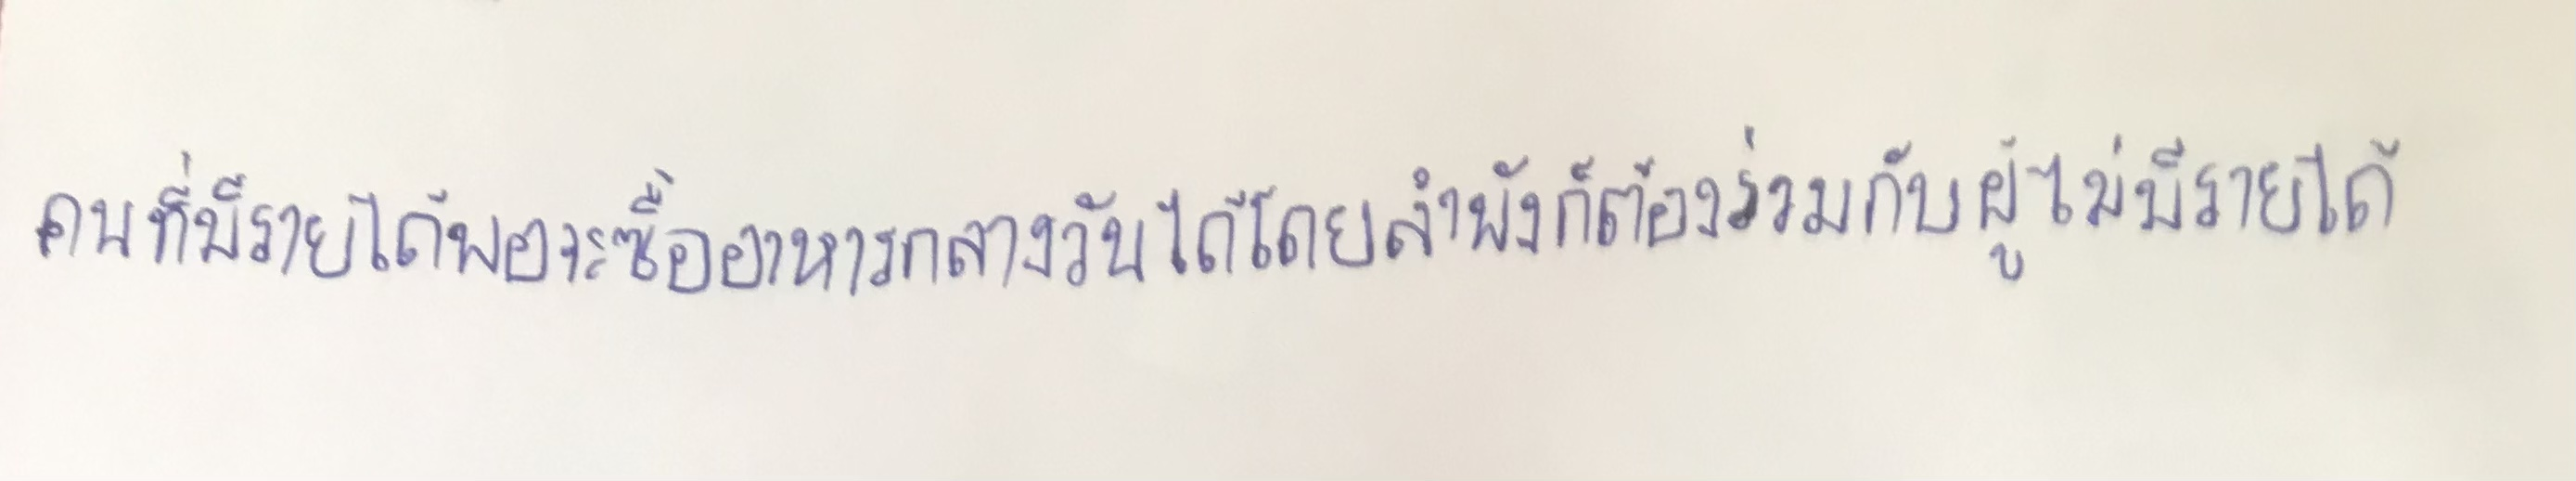
คนที่มีรายได้พอจะซื้ออาหารกลางวันได้โดยลำพังก็ต้องร่วมกับผู้ไม่มีรายได้